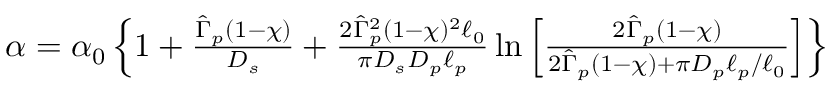
\begin{array} { r } { \alpha = \alpha _ { 0 } \left\{ 1 + \frac { \hat { \Gamma } _ { p } ( 1 - \chi ) } { D _ { s } } + \frac { 2 \hat { \Gamma } _ { p } ^ { 2 } ( 1 - \chi ) ^ { 2 } \ell _ { 0 } } { \pi D _ { s } D _ { p } \ell _ { p } } \ln \left[ \frac { 2 \hat { \Gamma } _ { p } ( 1 - \chi ) } { 2 \hat { \Gamma } _ { p } ( 1 - \chi ) + \pi D _ { p } \ell _ { p } / \ell _ { 0 } } \right] \right\} } \end{array}